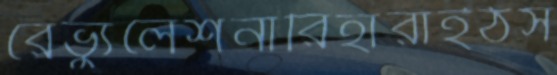
রেভ্যুলেশনারিহারাইঠস